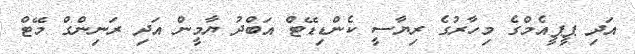
އަދި ޕީޕީއެމްގެ މިހާރުގެ ރިޔާސީ ކެންޑިޑޭޓް އަބްދު ޔާމީން އަދި ރަނިންގް މޭޓް